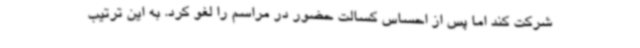
شرکت کند اما پس از احساس کسالت حضور در مراسم را لغو کرد. به این ترتیب